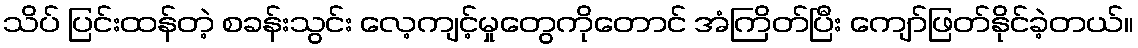
သိပ် ပြင်းထန်တဲ့ စခန်းသွင်း လေ့ကျင့်မှုတွေကိုတောင် အံကြိတ်ပြီး ကျော်ဖြတ်နိုင်ခဲ့တယ်။